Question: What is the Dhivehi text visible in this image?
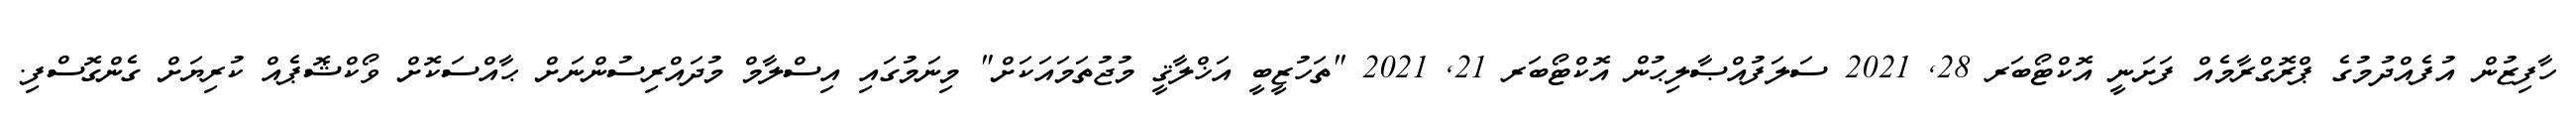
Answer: ހާފިޒުން އުފެއްދުމުގެ ޕްރޮގްރާމެއް ފަށަނީ އޮކްޓޯބަރ 28, 2021 ސަލަފުއްޞާލިޙުން އޮކްޓޯބަރ 21, 2021 "ތަހުޒީބީ އަޚްލާޤީ މުޖުތަމައަކަށް" މިނަމުގައި އިސްލާމް މުދައްރިސުންނަށް ޙާއްސަކޮށް ވޯކްޝޮޕެއް ކުރިޔަށް ގެންގޮސްފި.